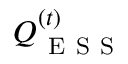
Q _ { \mathrm { ~ E ~ S ~ S ~ } } ^ { ( t ) }